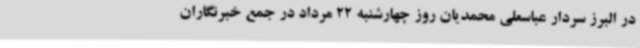
در البرز سردار عباسعلی محمدیان روز چهارشنبه 22 مرداد در جمع خبرنگاران